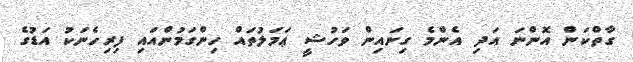
ގާތްކަން އޮންނަ އަދި އެންމެ ގިނައިން ވަހުޝީ ޢަމަލުތައް ހިންގަމުންއައި ފިރިހެނަކު އަޑުގެ